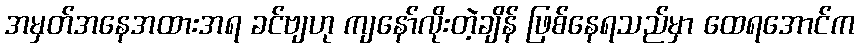
အမှတ်အနေအထားအရ ခင်ဗျဟု ကျနော်လိုးတဲ့ချိန် ဖြစ်နေရသည်မှာ ထေရအောင်က